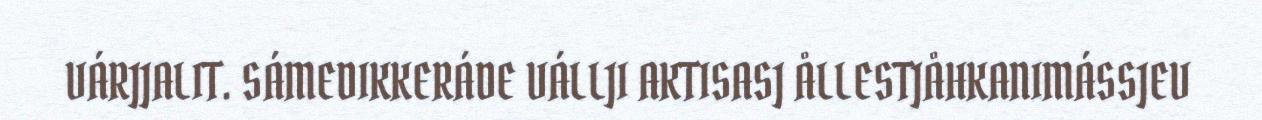
VÁRJJALIT. SÁMEDIKKERÁDE VÁLLJI AKTISASJ ÅLLESTJÅHKANIMÁSSJEV